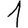
Digit: 1